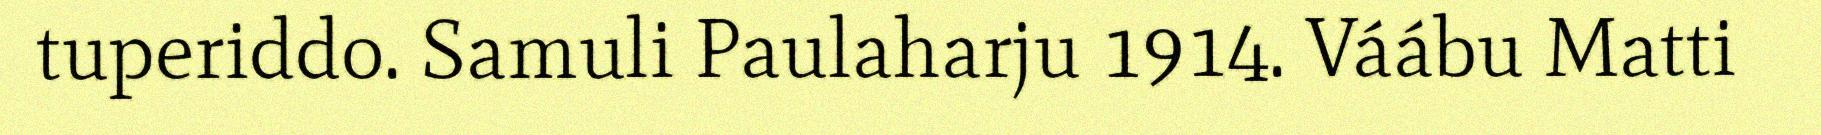
tuperiddo. Samuli Paulaharju 1914. Váábu Matti